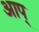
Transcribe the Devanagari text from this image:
आप्